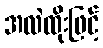
အလဲထိုးဖြင့်